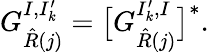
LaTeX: G_{\hat{R}(j)}^{I,I_{k}^{\prime}}=\big[G_{\hat{R}(j)}^{I_{k}^{\prime},I}\big]^{\ast}.